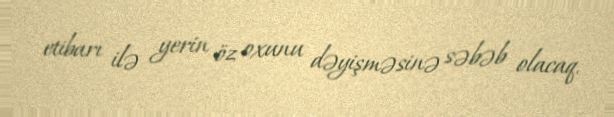
etibarı ilə yerin öz oxunu dəyişməsinə səbəb olacaq.